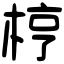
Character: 梈